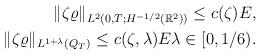
LaTeX: \begin{align*} \|\zeta\varrho\|_{L^2(0,T; H^{-1/2}(\mathbb R^2))}\leq c(\zeta)E, \\ \|\zeta\varrho\|_{L^{1+\lambda}(Q_T)}\leq c(\zeta, \lambda)E \lambda\in [0, 1/6). \end{align*}